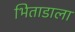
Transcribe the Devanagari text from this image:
भिताडाला